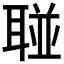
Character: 𱻼